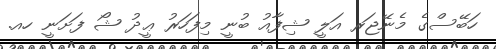
ހަބޭސްގެ މެނޭޖަރ އަލީ ޝިފާއު ބުނީ މިފަހަރު ޢީދު ޝޯ ފަށަނީ ހއ.